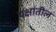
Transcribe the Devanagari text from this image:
पक्षांतील